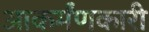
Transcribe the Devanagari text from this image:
आकर्मंणकारी